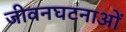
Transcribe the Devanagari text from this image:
जीवनघटनाओं